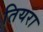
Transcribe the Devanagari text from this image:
तियरा